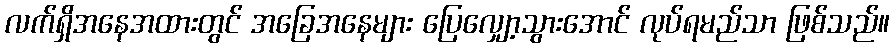
လက်ရှိအနေအထားတွင် အခြေအနေများ ပြေလျှော့သွားအောင် လုပ်ရမည်သာ ဖြစ်သည်။